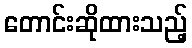
တောင်းဆိုထားသည့်